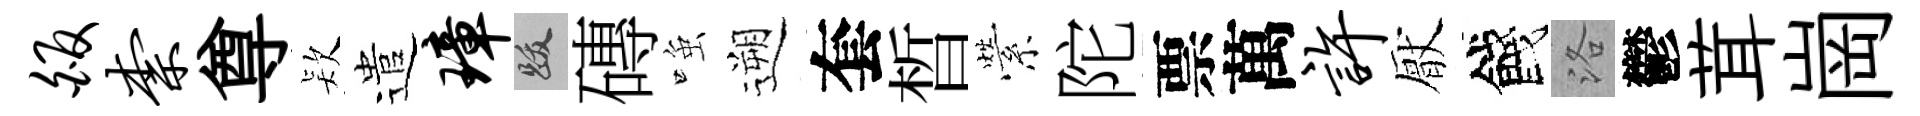
皈柰尊𣣇遣璋跋磚𫪻遡套晳縈陀票萬许厭餞洛鬱茸崗